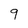
Character: 9